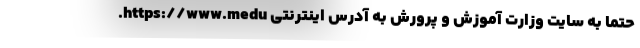
حتما به سایت وزارت آموزش ‌و پرورش به آدرس اینترنتی https://www.medu.